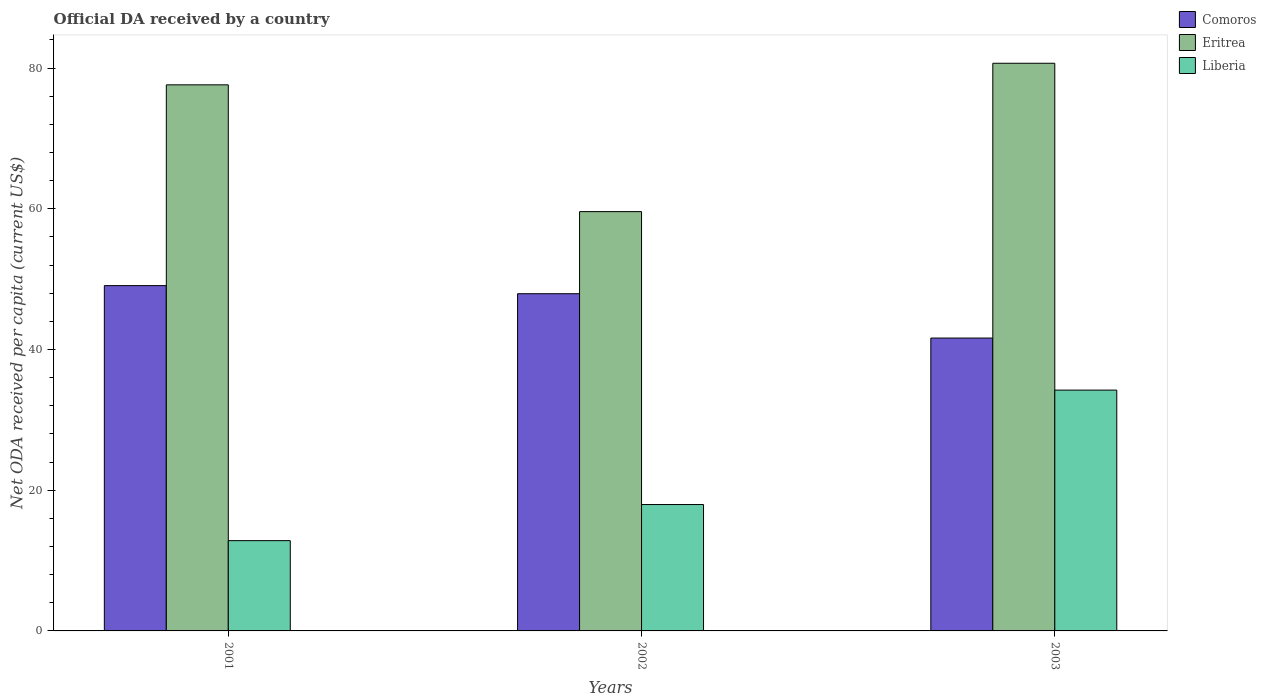
| Years | Comoros | Eritrea | Liberia |
 | --- | --- | --- | --- |
 | 2001 | 49.1 | 77.6 | 12.8 |
 | 2002 | 47.9 | 59.6 | 18 |
 | 2003 | 41.6 | 80.7 | 34.2 |